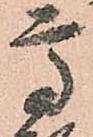
高